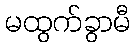
မထွက်ခွာမီ